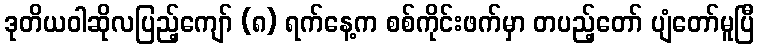
ဒုတိယဝါဆိုလပြည့်ကျော် (၈) ရက်နေ့က စစ်ကိုင်းဖက်မှာ တပည့်တော် ပျံတော်မူပြီ